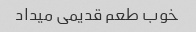
خوب طعم قدیمی میداد